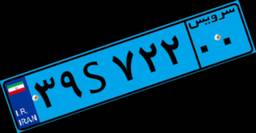
۳۹S۷۲۲۰۰